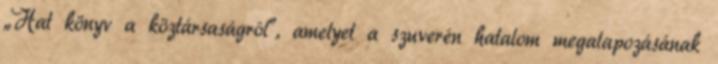
„Hat könyv a köztársaságról”, amelyet a szuverén hatalom megalapozásának